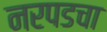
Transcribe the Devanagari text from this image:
नरपडचा